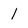
Character: l